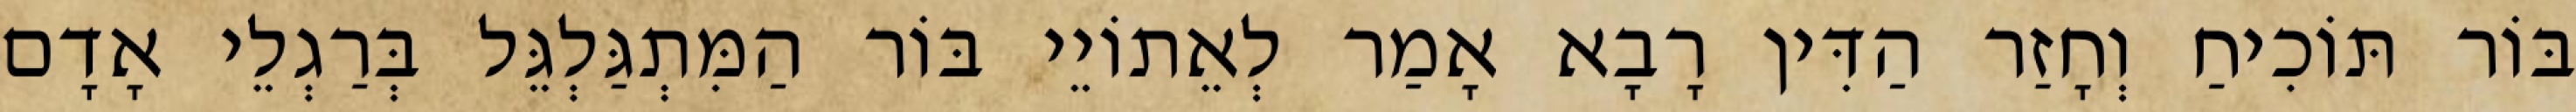
בּוֹר תּוֹכִיחַ וְחָזַר הַדִּין רָבָא אָמַר לְאֵתוֹיֵי בּוֹר הַמִּתְגַּלְגֵּל בְּרַגְלֵי אָדָם